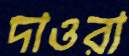
দাওরা